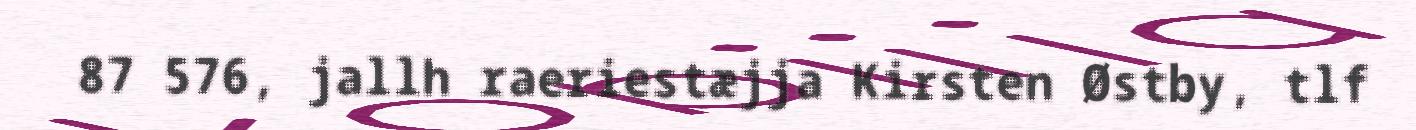
87 576, jallh raeriestæjja Kirsten Østby, tlf